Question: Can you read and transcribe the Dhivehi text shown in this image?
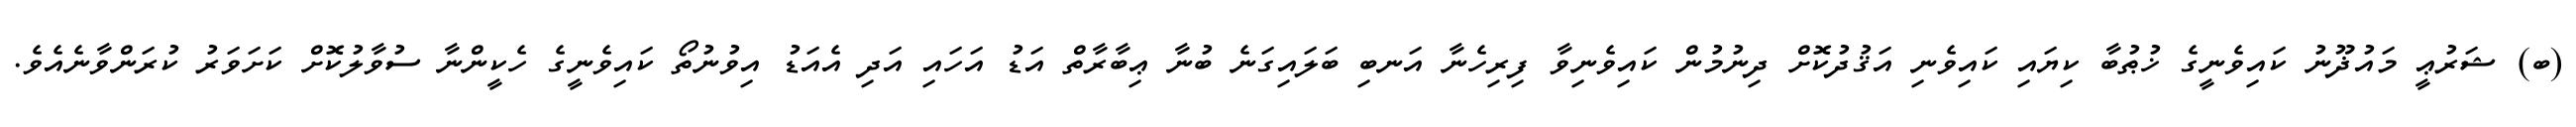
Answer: (ބ) ޝަރުޢީ މައުޛޫނު ކައިވެނީގެ ޚުޠުބާ ކިޔައި ކައިވެނި އަޤުދުކޮށް ދިނުމުން ކައިވެނިވާ ފިރިހެނާ އަނބި ބަލައިގަނެ ބުނާ ޢިބާރާތް އަޑު އަހައި އަދި އެއަޑު އިވުނުތޯ ކައިވެނީގެ ހެކީންނާ ސުވާލުކޮށް ކަށަވަރު ކުރަންވާނެއެވެ.